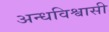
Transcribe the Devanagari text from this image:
अन्धविश्वासी